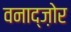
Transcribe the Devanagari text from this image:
वनाद्ज़ोर